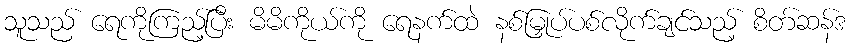
သူသည် ရေကိုကြည့်ပြီး မိမိကိုယ်ကို ရေနက်ထဲ နစ်မြှုပ်ပစ်လိုက်ချင်သည့် စိတ်ဆန်ဒ